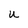
Character: U